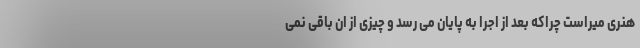
هنری میراست چراکه بعد از اجرا به پایان می رسد و چیزی از ان باقی نمی